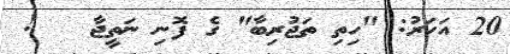
20 އަހަރު: "ހިތި ތަޖުރިބާ" ގެ ފޮނި ނަތީޖާ   !